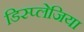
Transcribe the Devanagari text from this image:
डिस्प्लेजिया